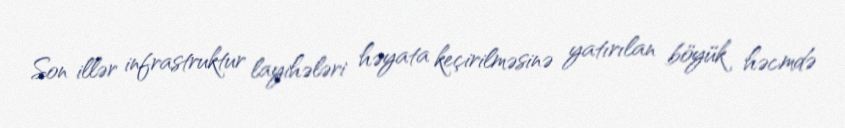
Son illər infrastruktur layihələri həyata keçirilməsinə yatırılan böyük həcmdə